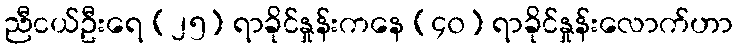
ညီငယ်ဦးရေ (၂၅) ရာခိုင်နှုန်းကနေ (၄၀) ရာခိုင်နှုန်းလောက်ဟာ